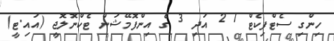
ހިންގި ސެޓްފިކެޓް 1 2 އަދި 3 ގެ އިންފޮމޭޝަން ޓެކްނޮލޮޖީ (އައި.ޓީ)